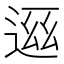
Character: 𬨧